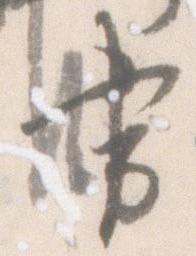
書